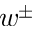
w ^ { \pm }